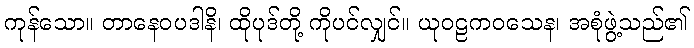
ကုန်သော။ တာနေဝပဒါနိ၊ ထိုပုဒ်တို့ ကိုပင်လျှင်။ ယုဝဠကဝသေန၊ အစုံဖွဲ့သည်၏